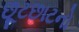
છૂટછાટનો